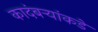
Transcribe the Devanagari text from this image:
कादंबर्‍यांकडे